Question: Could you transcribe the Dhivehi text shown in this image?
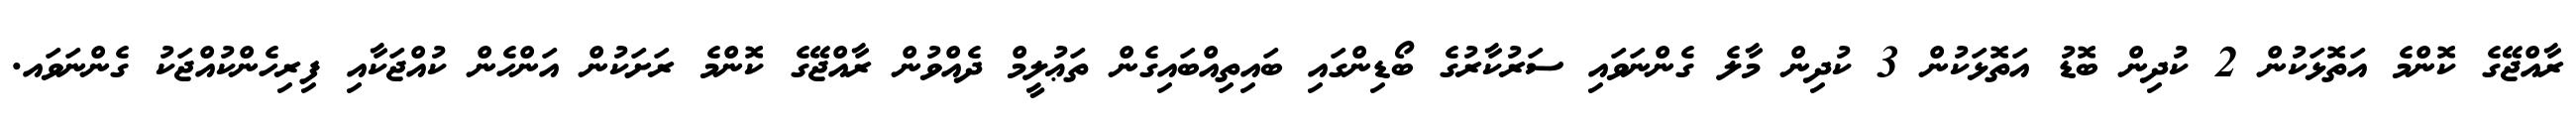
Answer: ރާއްޖޭގެ ކޮންމެ އަތޮޅަކުން 2 ކުދިން ބޮޑު އަތޮޅަކުން 3 ކުދިން މާލެ ގެންނަވައި ސަރުކާރުގެ ބޯޑިންގައި ބައިތިއްބައިގެން ތަޢުލީމް ދެއްވުން ރާއްޖޭގެ ކޮންމެ ރަށަކުން އަންހެން ކުއްޖަކާއި ފިރިހެންކުއްޖަކު ގެންނަވައ.